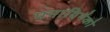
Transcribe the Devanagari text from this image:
पनाथिनैको